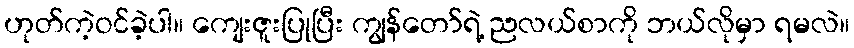
ဟုတ်ကဲ့ဝင်ခဲ့ပါ။ ကျေးဇူးပြုပြီး ကျွန်တော်ရဲ့ ညလယ်စာကို ဘယ်လိုမှာ ရမလဲ။